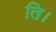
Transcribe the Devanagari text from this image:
ति।